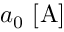
a _ { 0 } \ [ \mathrm { A } ]